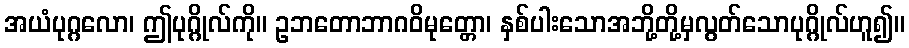
အယံပုဂ္ဂလော၊ ဤပုဂ္ဂိုလ်ကို။ ဥဘတောဘာဂဝိမုတ္တော၊ နှစ်ပါးသောအဘို့တို့မှလွတ်သောပုဂ္ဂိုလ်ဟူ၍။